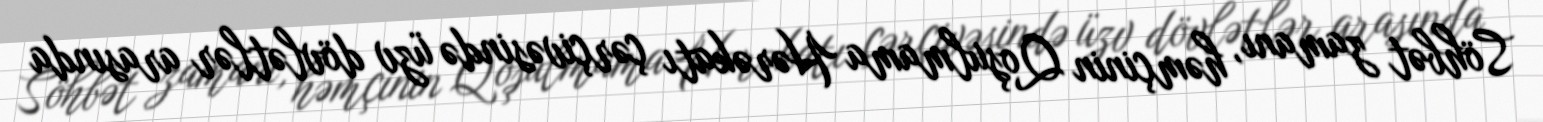
Söhbət zamanı, həmçinin Qoşulmama Hərəkatı çərçivəsində üzv dövlətlər arasında